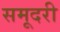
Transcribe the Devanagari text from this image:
समूदरी